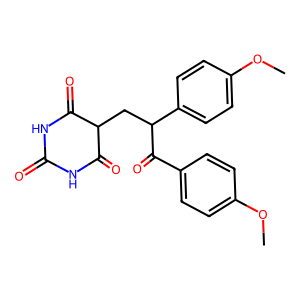
SMILES: COc1ccc(C(=O)C(CC2C(=O)NC(=O)NC2=O)c2ccc(OC)cc2)cc1
Inhibits HIV replication: No